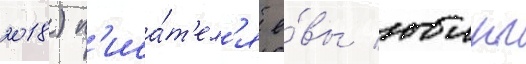
2018) п'иса́т'ел'я е́вы юинг